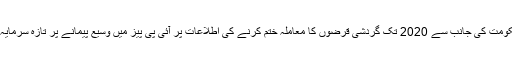
وفاقی کابینہ کی جانب سے ٹیکس ایمنسٹی اسکیم کی منظوری اور حکومت کی جانب سے 2020 تک گردشی قرضوں کا معاملہ ختم کرنے کی اطلاعات پر آئی پی پیز میں وسیع پیمانے پر تازہ سرمایہ کاری نے کیپیٹل مارکیٹ کو مزید بڑی نوعیت کی مندی سے بچالیا۔